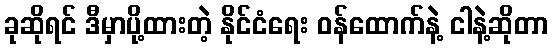
ခုဆိုရင် ဒီမှာပို့ထားတဲ့ နိုင်ငံရေး ဝန်ထောက်နဲ့ ငါနဲ့ဆိုတာ